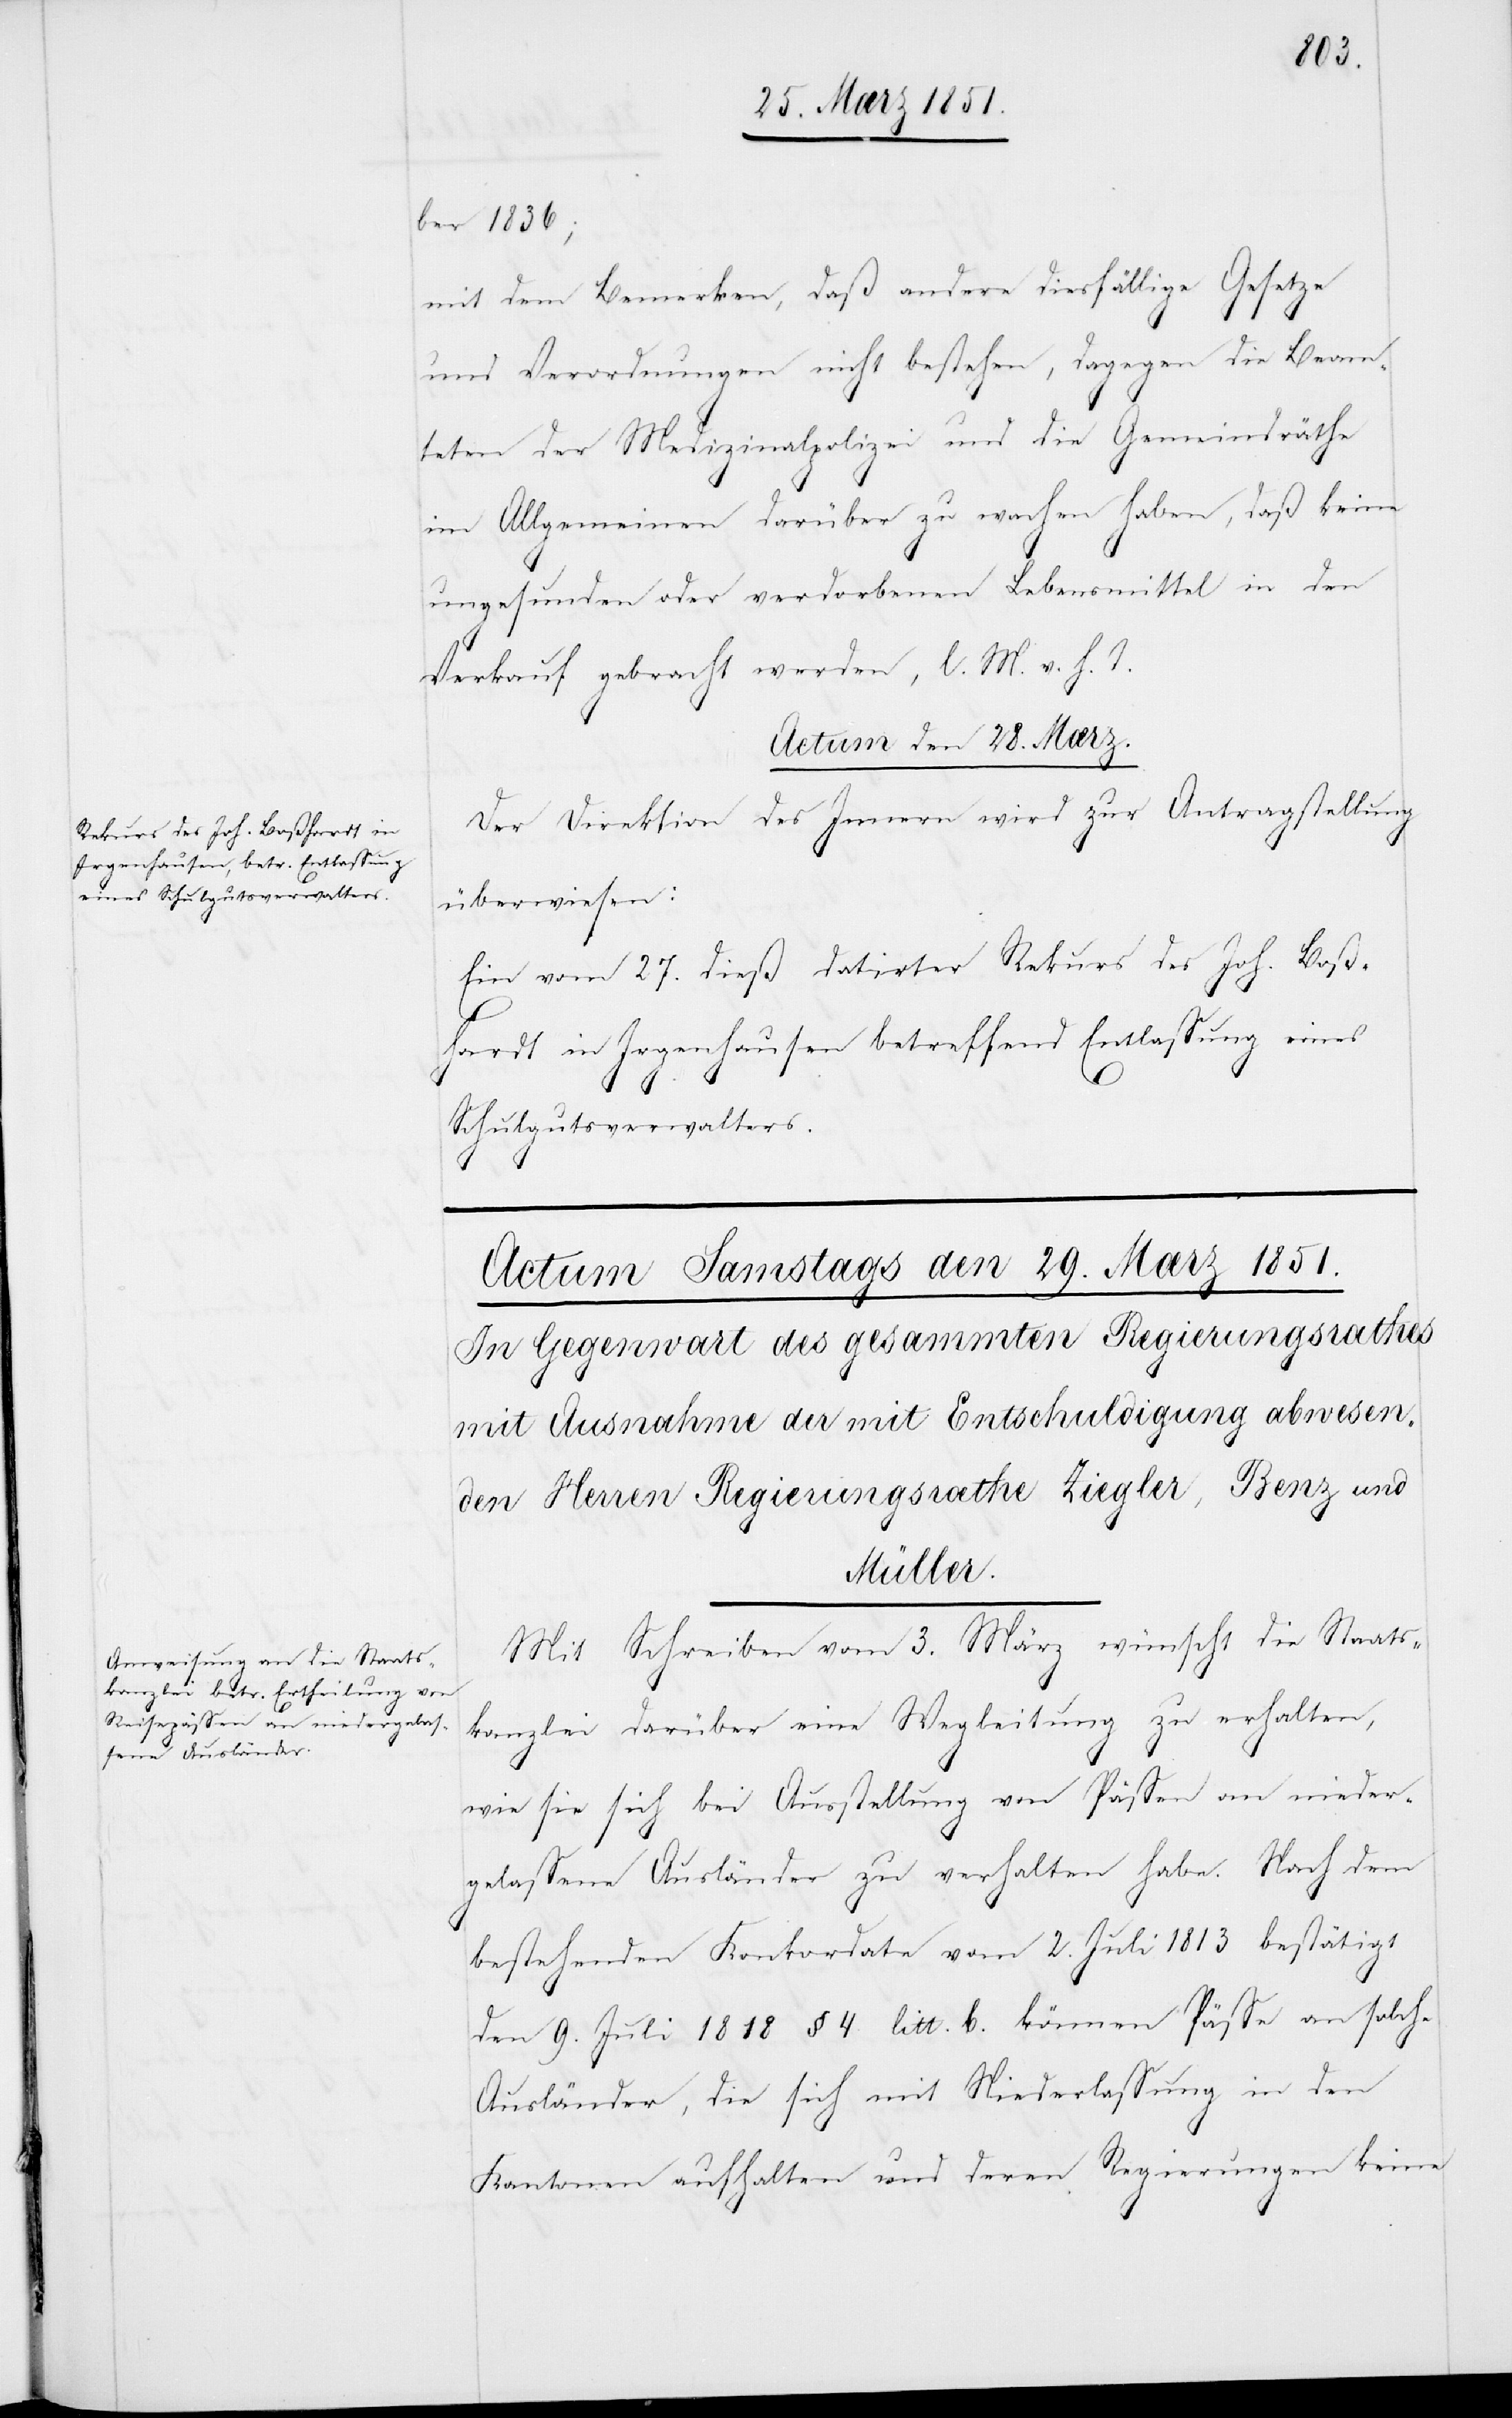
ber 1836;
mit dem Bemerken, daß andere diesfällige Gesetze
und Verordnungen nicht bestehen, dagegen die Beam¬
teten der Medizinalpolizei und die Gemeindräthe
im Allgemeinen darüber zu wachen haben, daß keine
ungesunden oder verdorbenen Lebensmittel in den
Verkauf gebracht werden, l. M. v. h. T.
Actum den 28. Mærz.
Der Direktion des Innern wird zur Antragstellung
überwiesen:
Ein vom 27. dieß datirter Rekurs des Joh. Boß¬
hardt in Irgenhausen betreffend Entlassung eines
Schulgutsverwalters.
Mit Schreiben vom 3. März wünscht die Staats¬
kanzlei darüber eine Wegleitung zu erhalten,
wie sie sich bei Ausstellung von Pässen an nieder¬
gelassene Ausländer zu verhalten habe. Nach dem
bestehenden Konkordate vom 2. Juli 1813 bestätigt
den 9. Juli 1818 § 4 litt. b. können Pässe an solche
Ausländer, die sich mit Niederlassung in den
Kantonen aufhalten und deren Regierungen keine